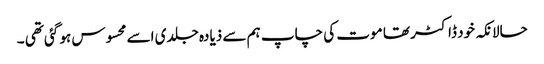
حالانکہ خود ڈاکٹر تھا موت کی چاپ ہم سے ذیادہ جلدی اسے محسوس ہو گئی تھی ۔